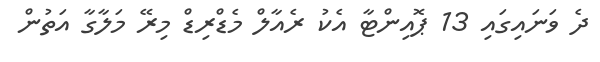
ދެ ވަނައިގައި 13 ޕޮއިންޓާ އެކު ރެއާލް މެޑްރިޑް މިރޭ މަލާގާ އަތުން